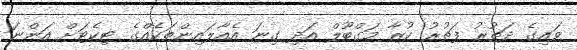
ވައިގެ ދަތުރު ފަތުރު ކުރާ މަގްބޫލް އަދި ގިނަ އެއާލައިންތަކެއްގެ ޓިކެޓަށް އަންނަ